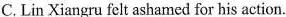
C.Lin Xiangru felt ashamed for his action.